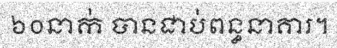
៦០នាក់ បានជាប់ពន្ធនាគារ។